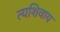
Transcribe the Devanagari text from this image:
त्यशिवाय